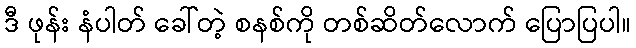
ဒီ ဖုန်း နံပါတ် ခေါ်တဲ့ စနစ်ကို တစ်ဆိတ်လောက် ပြောပြပါ။